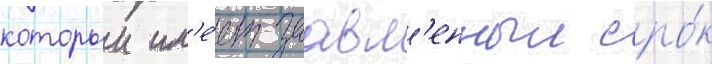
которыи им'е́ет заавл'енныи сро́к